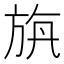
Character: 𣃯